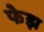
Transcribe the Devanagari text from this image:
फेझ